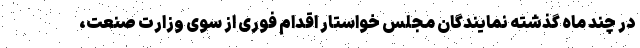
در چند ماه گذشته نمایندگان مجلس خواستار اقدام فوری از سوی وزارت صنعت،